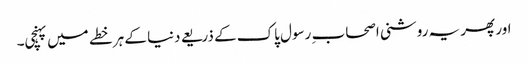
اور پھر یہ روشنی اصحاب ِ رسول پاک کے ذریعے دنیا کے ہر خطے میں پہنچی۔